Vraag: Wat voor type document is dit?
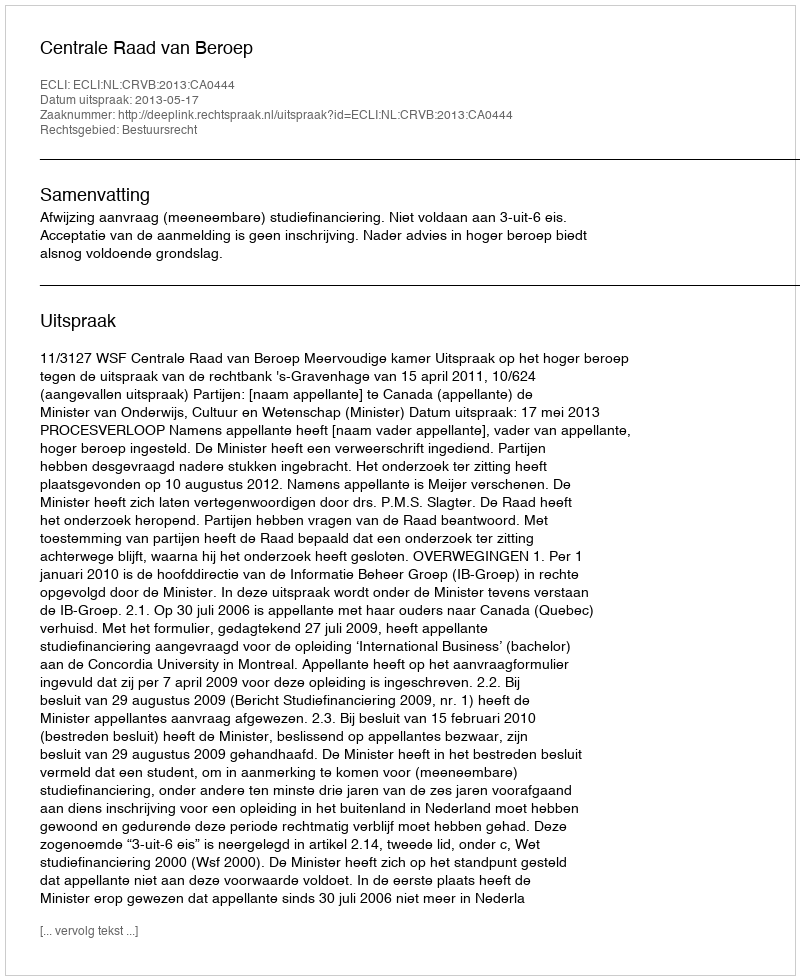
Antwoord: Uitspraak